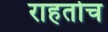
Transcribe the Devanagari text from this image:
राहतोच